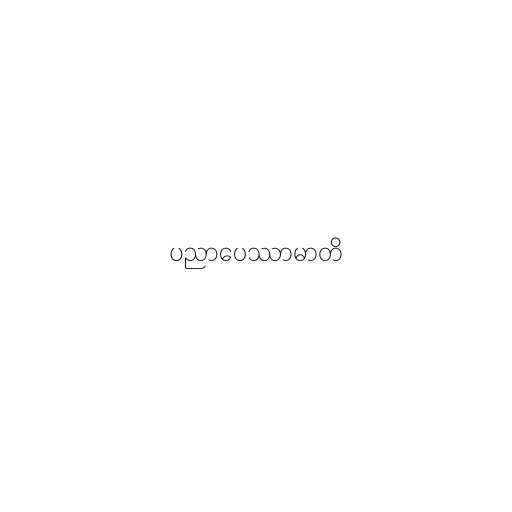
ပညာပေဿာမာတိ